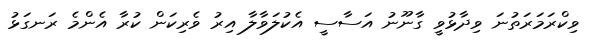
ވިކްރަމަރަތުނަ ވިދާޅުވީ ގާނޫނު އަސާސީ އެކުލަވާލާ އިރު ވެރިކަން ކުރާ އެންމެ ރަނގަޅު